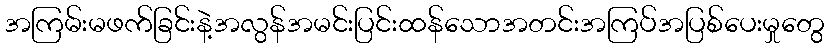
အကြမ်းမဖက်ခြင်းနဲ့အလွန်အမင်းပြင်းထန်သောအတင်းအကြပ်အပြစ်ပေးမှုတွေ